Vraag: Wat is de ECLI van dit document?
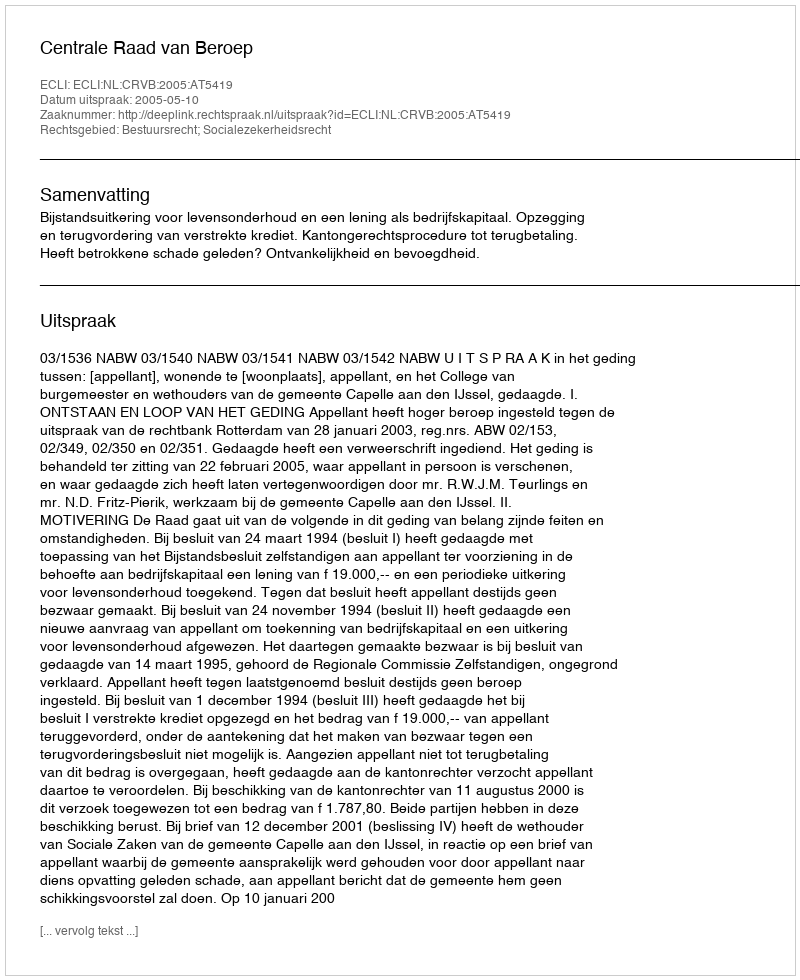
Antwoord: ECLI:NL:CRVB:2005:AT5419